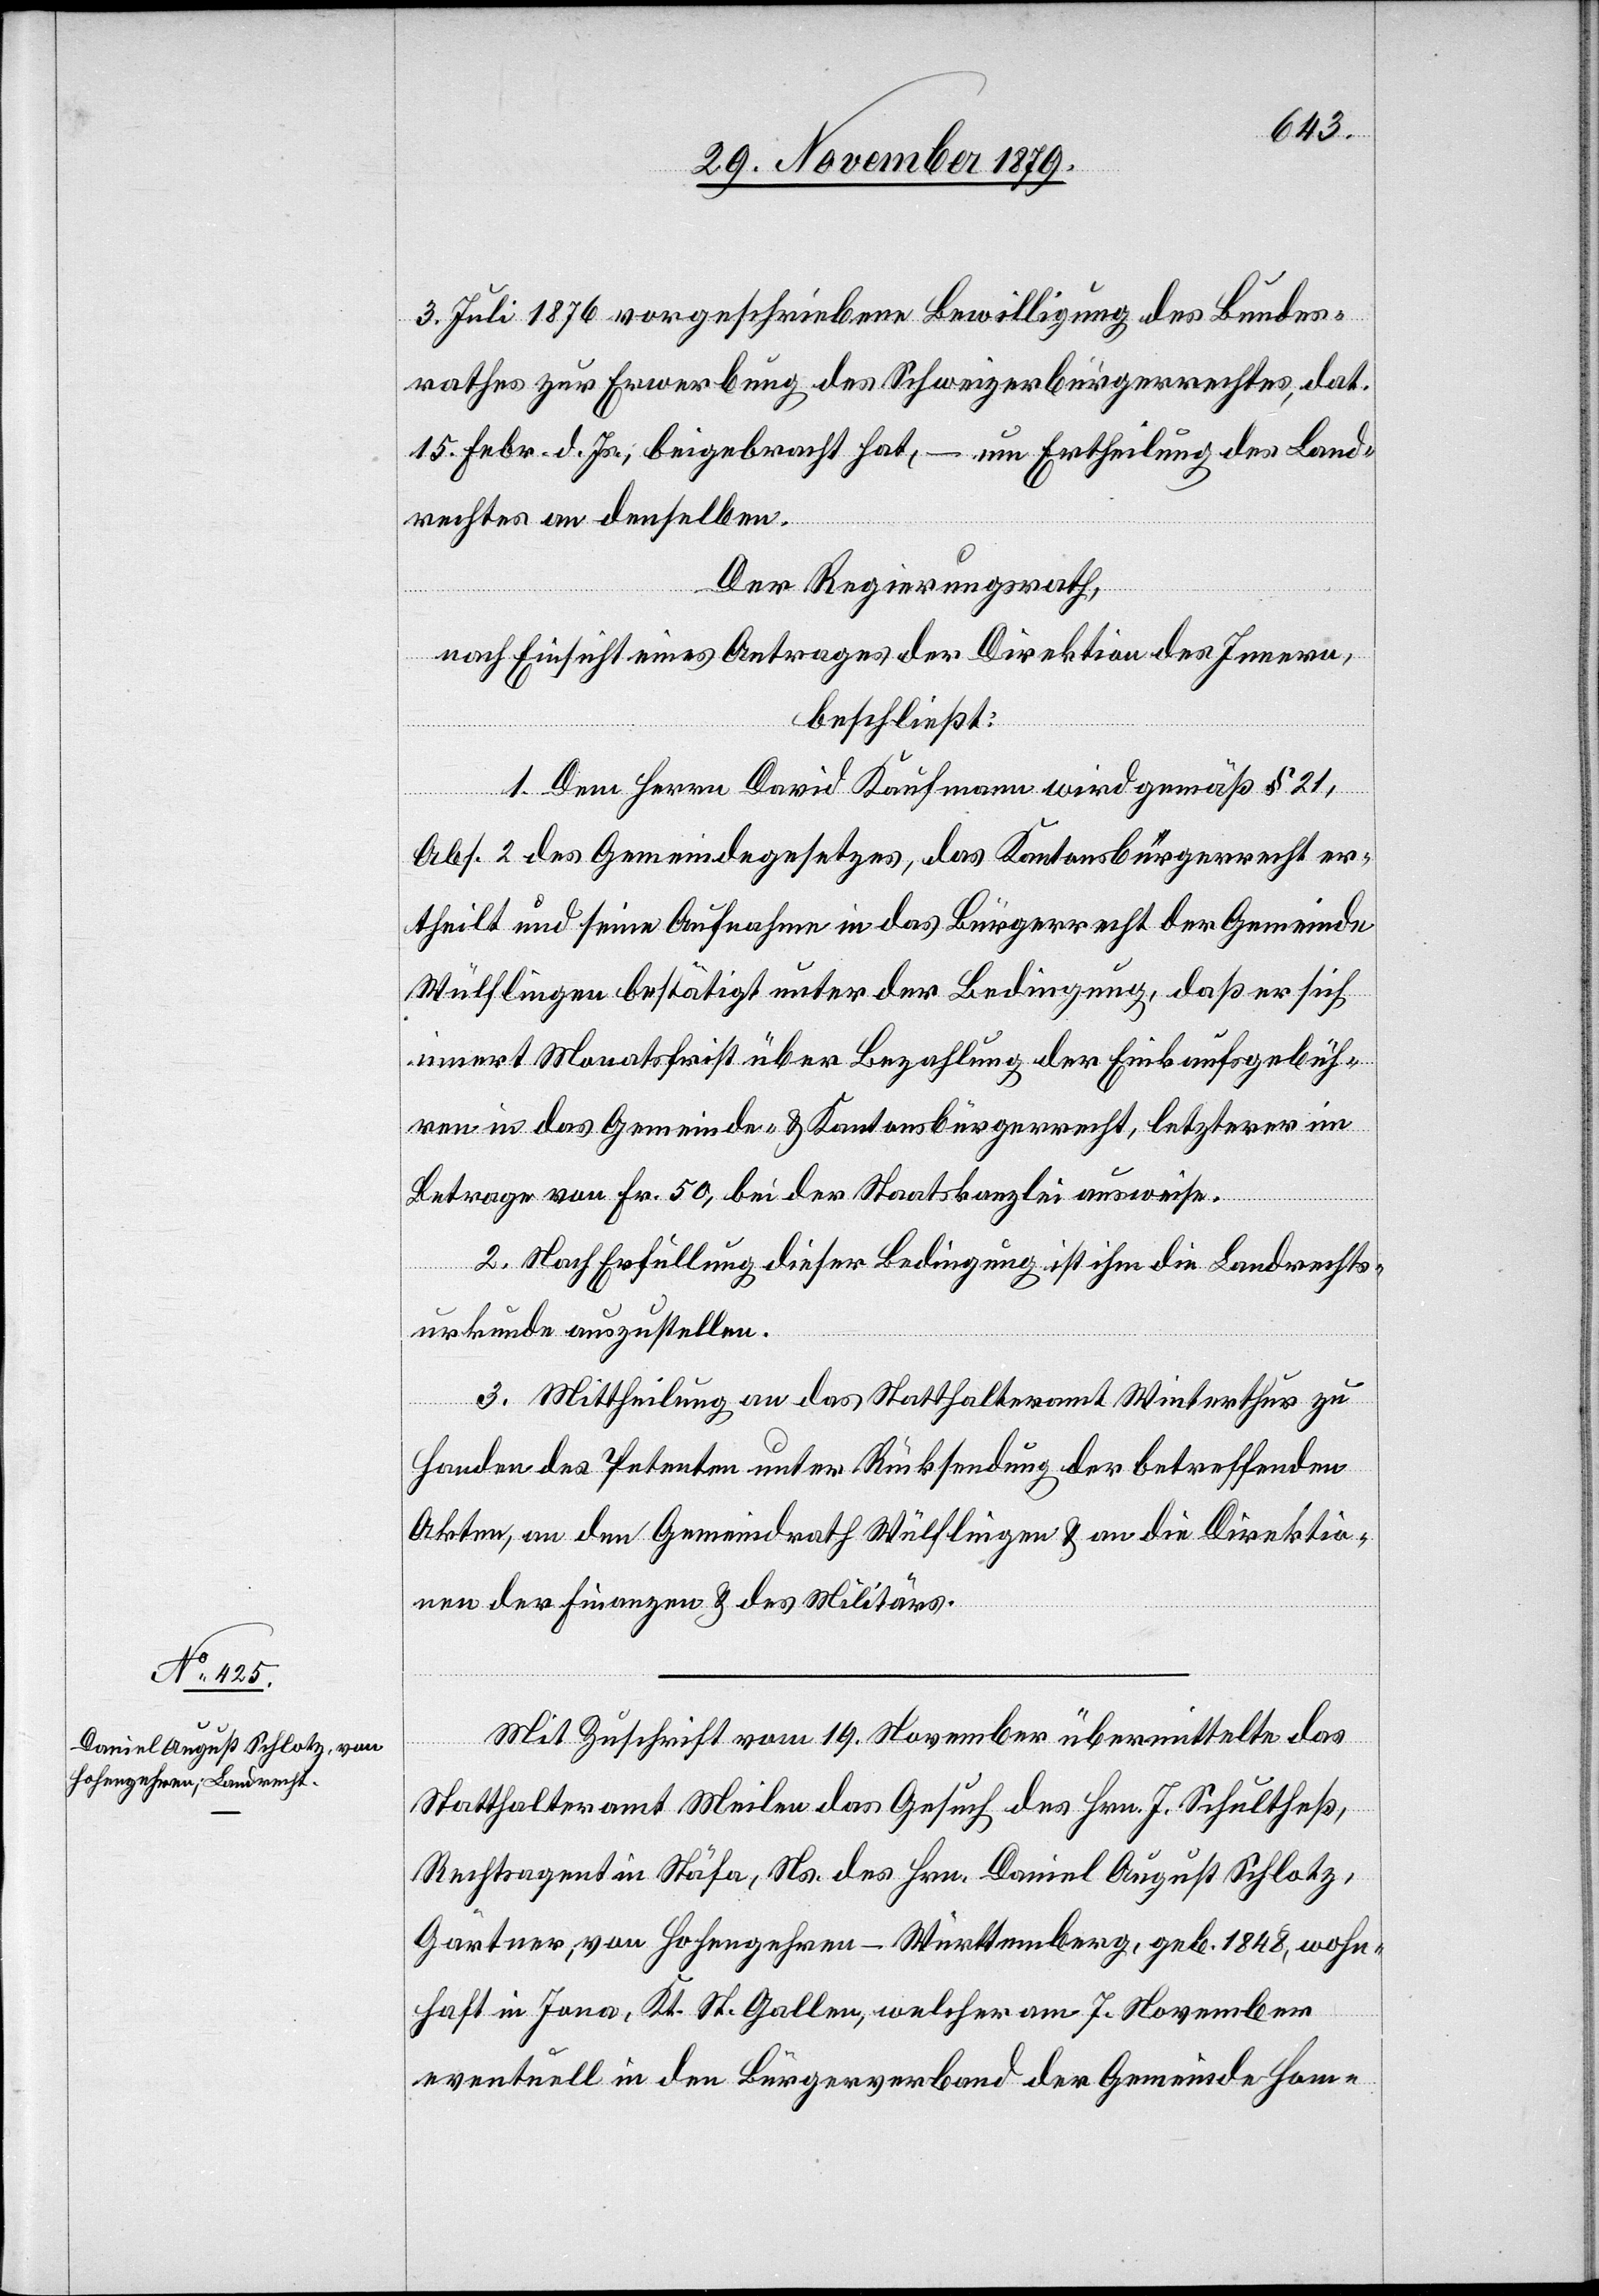
3. Juli 1876 vorgeschriebene Bewilligung des Bundes¬
rathes zur Erwerbung des Schweizerbürgerrechtes, dat.
15. Febr. d. Js., beigebracht hat, – um Ertheilung des Land¬
rechtes an denselben.
Der Regierungsrath,
nach Einsicht eines Antrages der Direktion des Innern,
beschließt:
1. Dem Petenten David Kaufmann wird gemäß § 21,
Abs. 2 des Gemeindegesetzes, das Kantonsbürgerrecht er¬
theilt und seine Aufnahme in das Bürgerrecht der Gemeinde
Wülflingen bestätigt unter der Bedingung, daß er sich
innert Monatsfrist über Bezahlung der Einkaufsgebüh¬
ren in das Gemeinde- & Kantonsbürgerrecht, letzterer im
Betrage von Fr. 50, bei der Staatskanzlei ausweise.
2. Nach Erfüllung dieser Bedingung ist ihm die Landrechts¬
urkunde auszustellen.
3. Mittheilung an das Statthalteramt Winterthur zu
Handen des Petenten unter Rücksendung der betreffenden
Akten, an den Gemeindrath Wülflingen & an die Direktio¬
n der Finanzen & des Militärs.
Mit Zuschrift vom 19. November übermittelte das
Statthalteramt Meilen das Gesuch des Hrn. J. Schultheß,
Rechtsagent in Stäfa, Ns. des Hrn. Daniel August Schlotz,
Gärtner, von Hohengehren - Württemberg, geb. 1848, wohn¬
haft in Jona, Kt. St. Gallen, welcher am 7. November
eventuell in den Bürgerverband der Germeinde Hom-